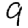
Digit: 9